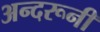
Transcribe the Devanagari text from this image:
अन्‍दरूनी